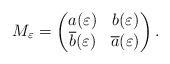
LaTeX: \begin{align*}M_\varepsilon =\begin{pmatrix}a(\varepsilon ) &b(\varepsilon )\\ \overline{b}(\varepsilon ) &\overline{a}(\varepsilon )\end{pmatrix}.\end{align*}